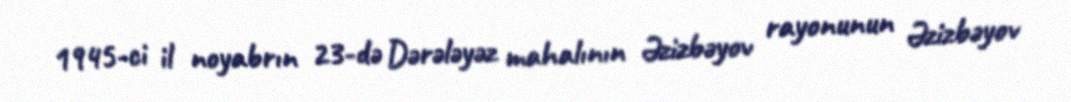
1945-ci il noyabrın 23-də Dərələyəz mahalının Əzizbəyov rayonunun Əzizbəyov